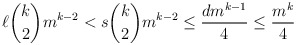
\begin{align*} \ell\binom{k}{2}m^{k-2}<s\binom{k}{2}m^{k-2}\leq \frac{dm^{k-1}}{4}\leq \frac{m^k}{4}\end{align*}